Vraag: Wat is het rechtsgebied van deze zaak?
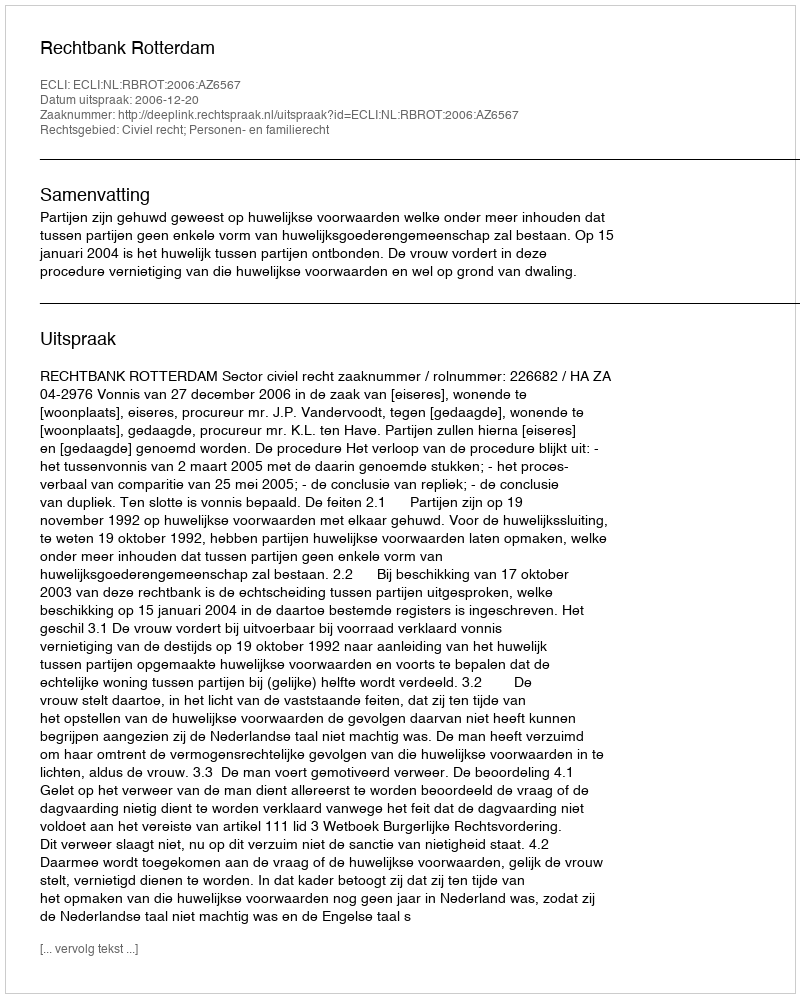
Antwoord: Civiel recht; Personen- en familierecht